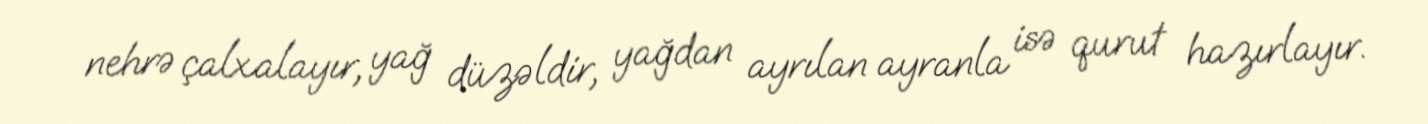
nehrə çalxalayır, yağ düzəldir, yağdan ayrılan ayranla isə qurut hazırlayır.